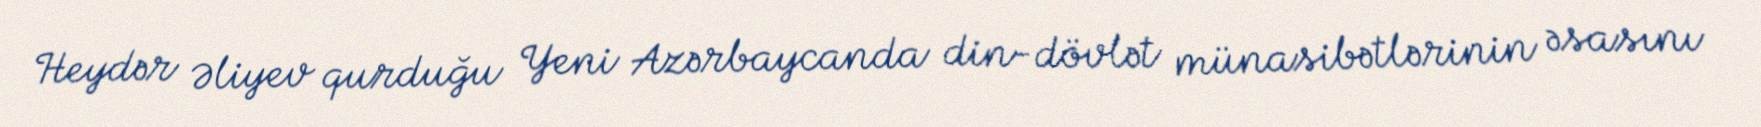
Heydər Əliyev qurduğu Yeni Azərbaycanda din-dövlət münasibətlərinin əsasını